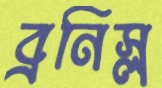
ব্রনিস্ল